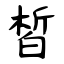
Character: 皙